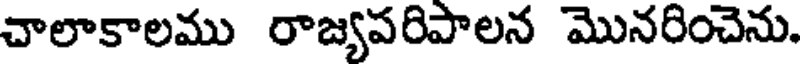
చాలాకాలము రాజ్యపరిపాలన మొనరించెను.